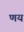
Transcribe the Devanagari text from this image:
णय